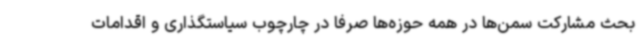
بحث مشارکت سمن‌ها در همه حوزه‌ها صرفاً در چارچوب سیاستگذاری و اقدامات